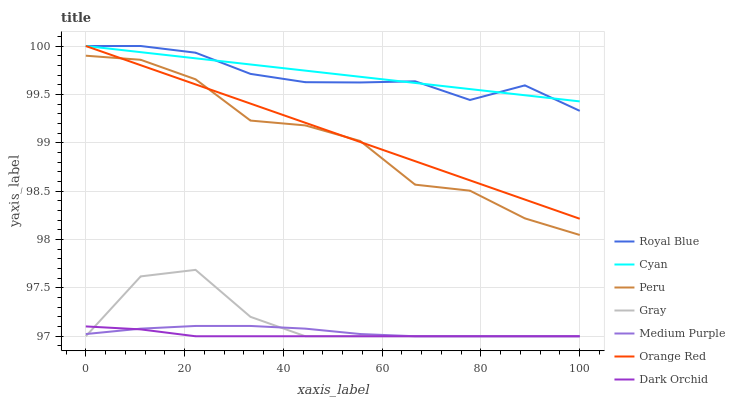
| xaxis_label | Royal Blue | Cyan | Peru | Gray | Medium Purple | Orange Red | Dark Orchid |
 | --- | --- | --- | --- | --- | --- | --- | --- |
 | 0 | 100 | 100 | 99.9 | 97 | 97 | 100 | 97.1 |
 | 11.1 | 100 | 99.9 | 99.9 | 97.6 | 97.1 | 99.8 | 97.1 |
 | 22.2 | 99.9 | 99.9 | 99.7 | 97.7 | 97.1 | 99.6 | 97 |
 | 33.3 | 99.7 | 99.8 | 99.2 | 97.2 | 97.1 | 99.4 | 97 |
 | 44.4 | 99.6 | 99.7 | 99.2 | 97 | 97.1 | 99.2 | 97 |
 | 55.6 | 99.6 | 99.7 | 99 | 97 | 97 | 99 | 97 |
 | 66.7 | 99.6 | 99.6 | 98.6 | 97 | 97 | 98.8 | 97 |
 | 77.8 | 99.4 | 99.6 | 98.5 | 97 | 97 | 98.6 | 97 |
 | 88.9 | 99.6 | 99.5 | 98.2 | 97 | 97 | 98.4 | 97 |
 | 100 | 99.3 | 99.4 | 98 | 97 | 97 | 98.2 | 97 |